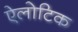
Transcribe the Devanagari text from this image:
ऐलोटिक